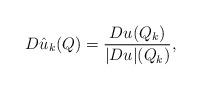
LaTeX: \begin{align*}D\hat{u}_k(Q)=\frac{Du(Q_k)}{|Du|(Q_k)},\end{align*}